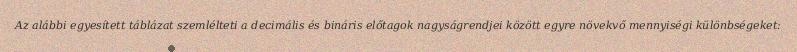
Az alábbi egyesített táblázat szemlélteti a decimális és bináris előtagok nagyságrendjei között egyre növekvő mennyiségi különbségeket: